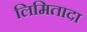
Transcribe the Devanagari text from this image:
लिमितादा